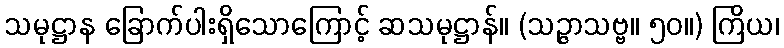
သမုဋ္ဌာန ခြောက်ပါးရှိသောကြောင့် ဆသမုဋ္ဌာန်။ (သဉ္ဇာသဗ္ဗ။ ၅၀။) ကြိယ၊